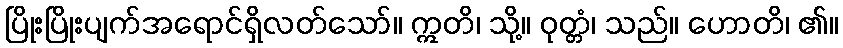
ပြိုးပြိုးပျက်အရောင်ရှိလတ်သော်။ ဣတိ၊ သို့။ ဝုတ္တံ၊ သည်။ ဟောတိ၊ ၏။